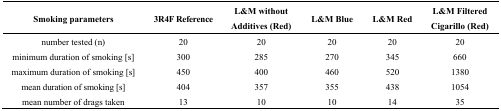
<table><thead><tr><td><b>Smoking parameters</b></td><td><b>3R4F Reference</b></td><td><b>L&amp;M without Additives (Red)</b></td><td><b>L&amp;M Blue</b></td><td><b>L&amp;M Red</b></td><td><b>L&amp;M Filtered Cigarillo (Red)</b></td></tr></thead><tbody><tr><td>number tested (n)</td><td>20</td><td>20</td><td>20</td><td>20</td><td>20</td></tr><tr><td>minimum duration of smoking [s]</td><td>300</td><td>285</td><td>270</td><td>345</td><td>660</td></tr><tr><td>maximum duration of smoking [s]</td><td>450</td><td>400</td><td>460</td><td>520</td><td>1380</td></tr><tr><td>mean duration of smoking [s]</td><td>404</td><td>357</td><td>355</td><td>438</td><td>1054</td></tr><tr><td>mean number of drags taken</td><td>13</td><td>10</td><td>10</td><td>14</td><td>35</td></tr></tbody></table>